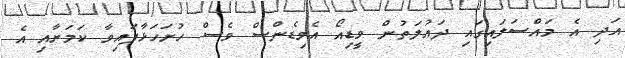
އަދި އެ މައްސަލައިގައި ދައުލަތުން ވީޑިއޯ އެވިޑެންސް ވެސް ހުށަހަޅާފައިވާ ކަމަށާއި އެ